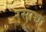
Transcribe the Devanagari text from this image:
रसाच्च